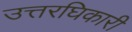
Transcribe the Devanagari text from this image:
उत्तरघिकारी